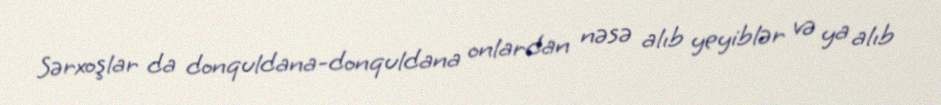
Sərxoşlar da donquldana-donquldana onlardan nəsə alıb yeyiblər və ya alıb